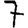
Digit: 7